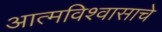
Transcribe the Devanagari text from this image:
आत्मविश्वासाचे